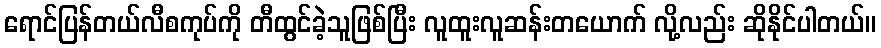
ရောင်ပြန်တယ်လီစကုပ်ကို တီထွင်ခဲ့သူဖြစ်ပြီး လူထူးလူဆန်းတယောက် လို့လည်း ဆိုနိုင်ပါတယ်။